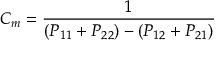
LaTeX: C _ { m } = { \frac { 1 } { ( P _ { 1 1 } + P _ { 2 2 } ) - ( P _ { 1 2 } + P _ { 2 1 } ) } }